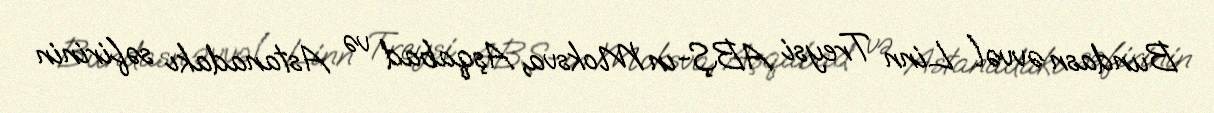
Bundasn əvvəl Linn Treysi ABŞ-ın Moksva, Aşqabad və Astanadakı səfirinin